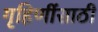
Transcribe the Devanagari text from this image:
गृहिणींसाठी